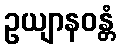
ဥယျာနဝန္တံ